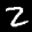
Label: 2